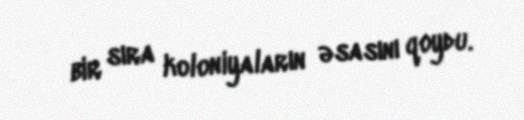
bir sıra koloniyaların əsasını qoydu.